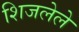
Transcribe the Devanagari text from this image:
शिजलेले